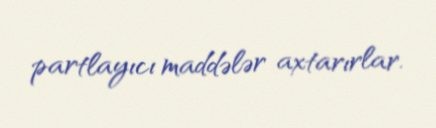
partlayıcı maddələr axtarırlar.